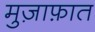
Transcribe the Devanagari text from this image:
मुज़ाफ़ात